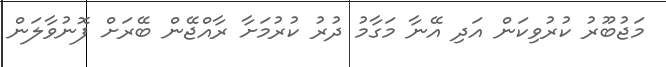
މަޖުބޫރު ކުރުވިކަން އަދި އޭނާ މަގާމު ދުރު ކުރުމަށާ ރާއްޖޭން ބޭރަށް ފޮނުވާލަން